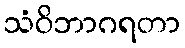
သံဝိဘာဂရတာ